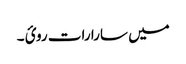
میں سارا رات روئ ۔